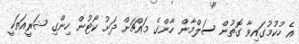
އެ ހުކުމުގައިވާ ގޮތުން ސަލްމާން ހާންގެ މައްޗަށް ދަށު ކޯޓުން ހިންގި ޝަރީއަތަކީ